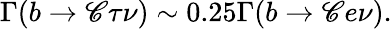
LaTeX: \Gamma(b\rightarrow\mathscr{C}\tau\nu)\sim0.25\Gamma(b\rightarrow\mathscr{C}e\nu).